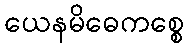
ယေနမိဓေကစ္စေ